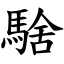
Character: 騇